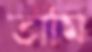
তামি